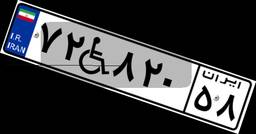
۷۲W۸۲۰۵۸